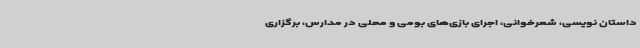
داستان نویسی، شعرخوانی، اجرای بازی‌های بومی و محلی در مدارس، برگزاری